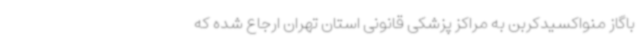
باگاز منواکسیدکربن به مراکز پزشکی قانونی استان تهران ارجاع شده که